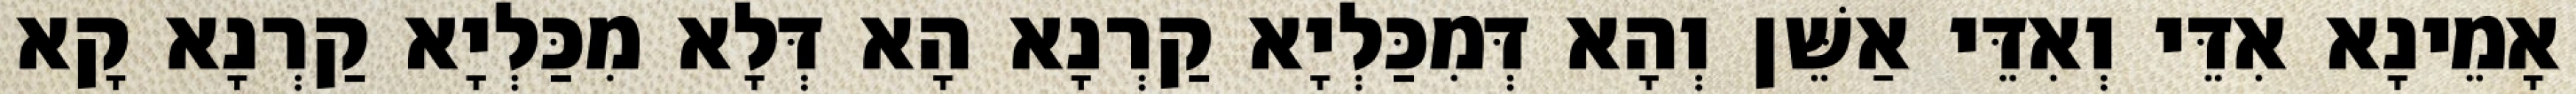
אָמֵינָא אִדֵּי וְאִדֵּי אַשֵּׁן וְהָא דְּמִכַּלְיָא קַרְנָא הָא דְּלָא מִכַּלְיָא קַרְנָא קָא